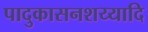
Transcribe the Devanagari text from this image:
पादुकासनशय्यादि